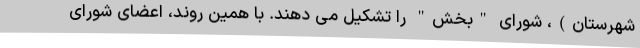
شهرستان)، شورای "بخش" را تشکیل می دهند. با همین روند، اعضای شورای